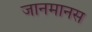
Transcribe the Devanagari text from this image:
जानमानस